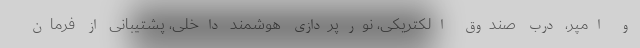
و امپر، درب صندوق الکتریکی، نورپردازی هوشمند داخلی، پشتیبانی از فرمان